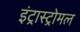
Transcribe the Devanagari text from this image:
इंट्रास्ट्रोमल